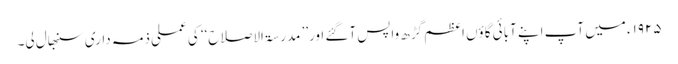
۱۹۲۵ء میں آپ اپنے آبائی گاؤں اعظم گڑھ واپس آگئے اور’’ مدرسۃ الاصلاح‘‘ کی عملی ذمہ داری سنبھال لی۔